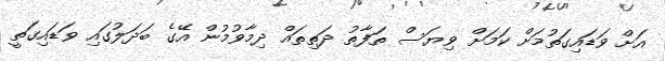
އަށް ވަޑައިގަތުމަށް ކަމަށް ވިޔަސް ތަފާތު ދަތިތައް ދިމާވުމުން އޭގެ ބަދަލުގައި ވަޑައިގަތީ